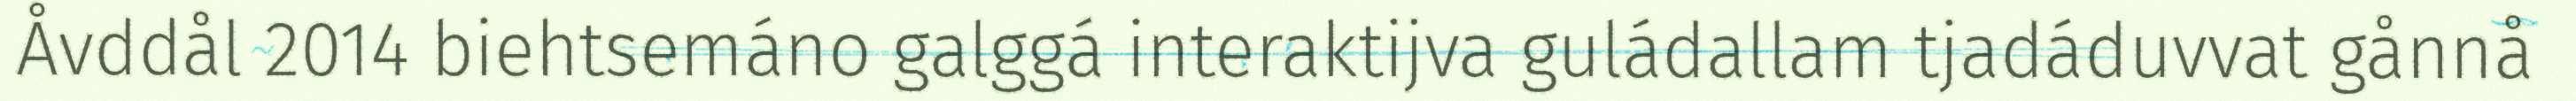
Åvddål 2014 biehtsemáno galggá interaktijva guládallam tjadáduvvat gånnå